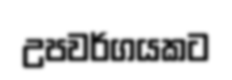
උපවර්ගයකට